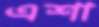
এশা